Civil Veterinary Department. Central Provinces & Berar 1925-31 - 1925-1931
Year: 1925
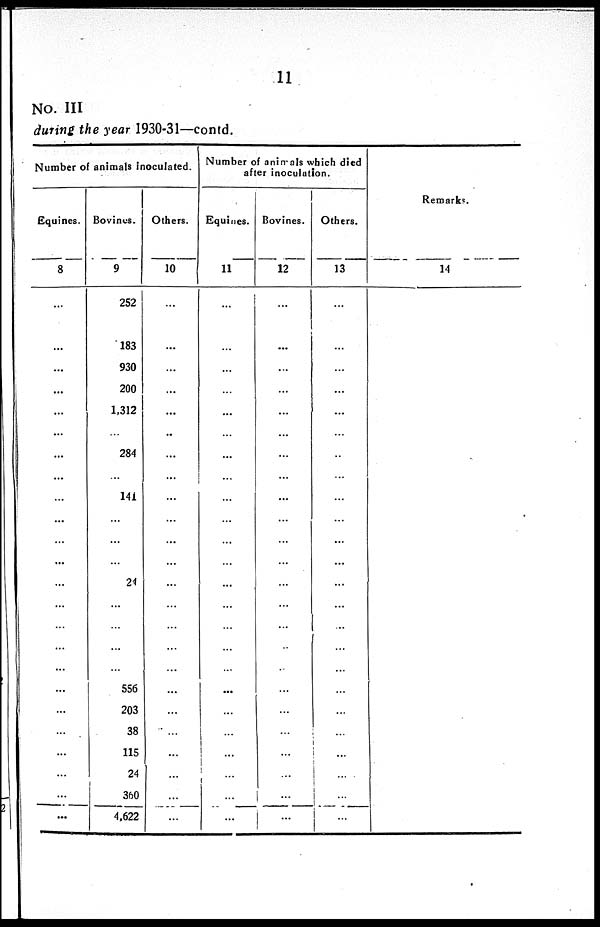
11
No. III
during the year 1930-31—contd.
Number of animals inoculated.
Equines.
8
...
...
...
...
...
...
...
...
...
...
...
...
...
...
...
...
...
...
...
...
...
...
Bovines.
9
252
183
930
200
1,312
...
284
141
...
...
...
24
...
...
...
...
556
203
38
115
24
360
4,622
Others.
10
...
...
...
...
...
...
...
...
...
...
...
...
...
...
...
...
...
...
...
...
...
...
Number of animals which died
after inoculation.
Equines.
11
...
...
...
...
...
...
...
...
...
...
...
...
...
...
...
...
...
...
...
...
...
...
Bovines.
12
...
...
...
...
...
...
...
...
...
...
...
...
...
...
...
...
...
...
...
...
...
...
Others.
13
...
...
...
...
...
...
...
...
...
...
...
...
...
...
...
...
...
...
...
...
...
...
...
Remarks.
14